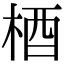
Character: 梄